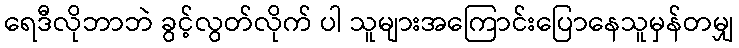
ရေဒီလိုဘာဘဲ ခွင့်လွတ်လိုက် ပါ သူများအကြောင်းပြောနေသူမှန်တမျှ